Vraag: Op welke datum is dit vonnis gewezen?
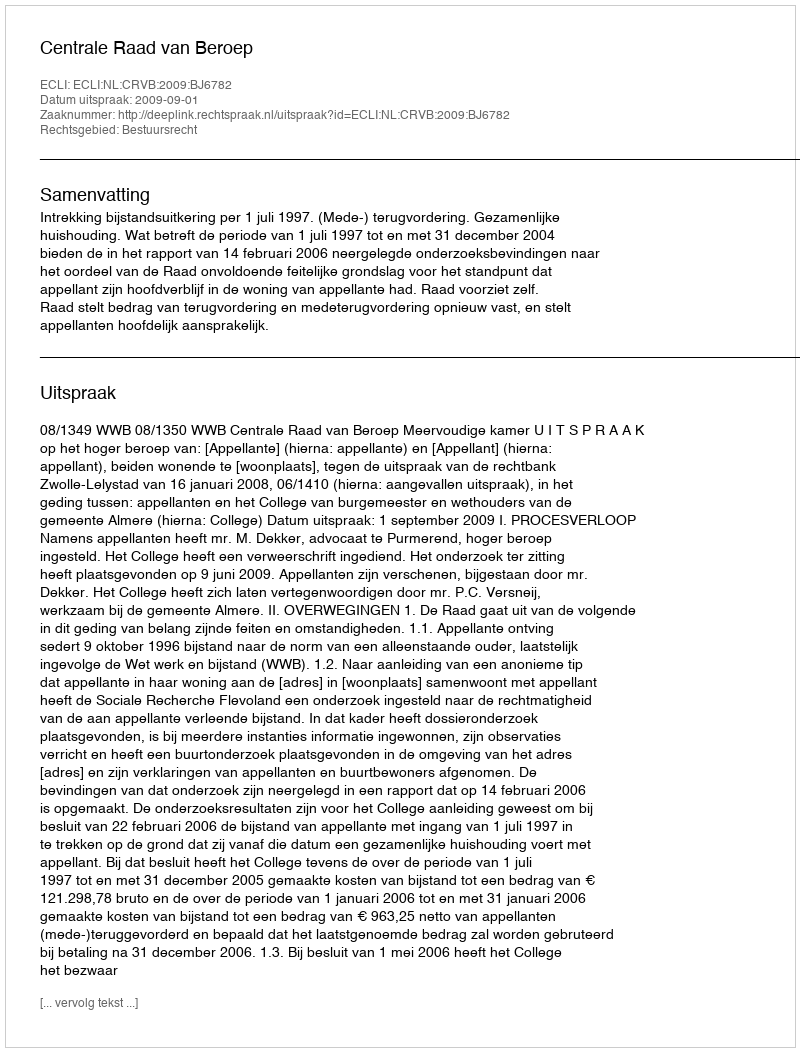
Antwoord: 2009-09-01